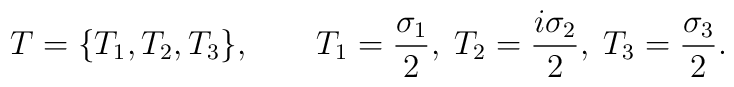
T = \{ T_1,T_2,T_3 \}, \qquad T_1={\sigma_1 \over 2}, \;T_2={i \sigma_2 \over 2}, \; T_3={\sigma_3 \over 2}.